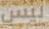
ليس